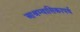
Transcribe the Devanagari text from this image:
आश्रम्वासिकापर्व